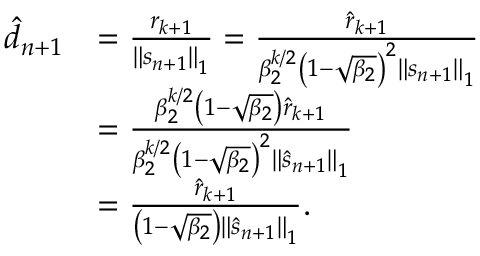
\begin{array} { r l } { \hat { d } _ { n + 1 } } & { = \frac { r _ { k + 1 } } { \left\Vert s _ { n + 1 } \right\Vert _ { 1 } } = \frac { \hat { r } _ { k + 1 } } { \beta _ { 2 } ^ { k / 2 } \left( 1 - \sqrt { \beta _ { 2 } } \right) ^ { 2 } \left\Vert s _ { n + 1 } \right\Vert _ { 1 } } } \\ & { = \frac { \beta _ { 2 } ^ { k / 2 } \left( 1 - \sqrt { \beta _ { 2 } } \right) \hat { r } _ { k + 1 } } { \beta _ { 2 } ^ { k / 2 } \left( 1 - \sqrt { \beta _ { 2 } } \right) ^ { 2 } \left\Vert \hat { s } _ { n + 1 } \right\Vert _ { 1 } } } \\ & { = \frac { \hat { r } _ { k + 1 } } { \left( 1 - \sqrt { \beta _ { 2 } } \right) \left\Vert \hat { s } _ { n + 1 } \right\Vert _ { 1 } } . } \end{array}